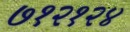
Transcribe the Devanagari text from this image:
७१२१२४